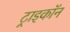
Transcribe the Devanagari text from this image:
ट्राइकॉन